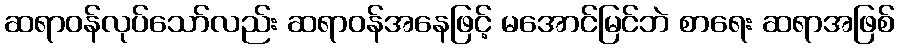
ဆရာဝန်လုပ်သော်လည်း ဆရာဝန်အနေဖြင့် မအောင်မြင်ဘဲ စာရေး ဆရာအဖြစ်